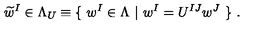
\widetilde { w } ^ { I } \in \Lambda _ { U } \equiv \{ \ w ^ { I } \in \Lambda \ | \ w ^ { I } = U ^ { I J } w ^ { J } \ \} \ .